King Institute of Preventive Medicine Micro-Biological Section reports 1909-11
Year: 1909
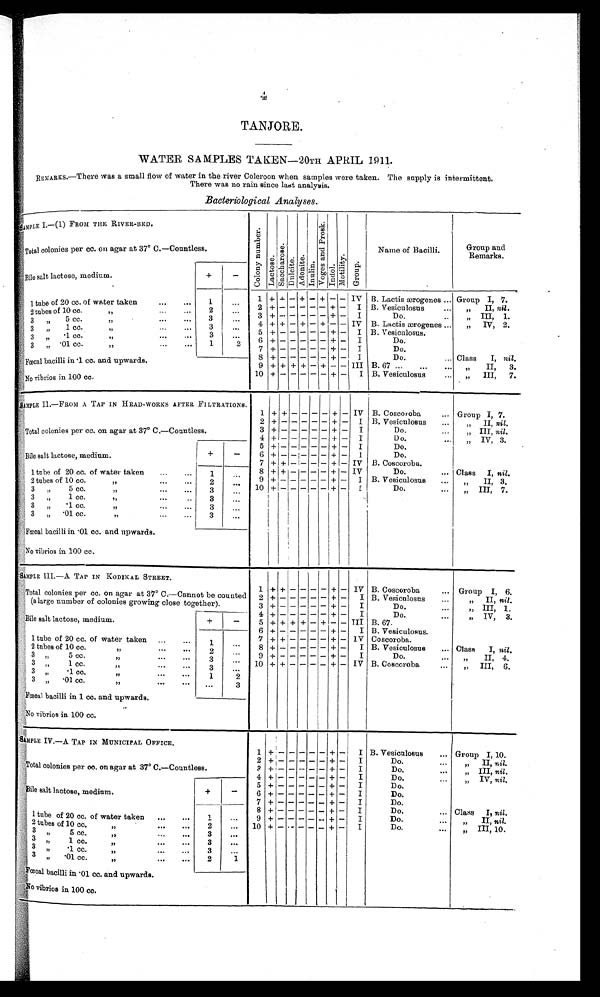
4
TANJORE.
WATER SAMPLES TAKEN—20TH APRIL 1911.
REMARKS.—There was a small flow of water in the river Coleroon when samples were taken. The supply is intermittent.
There was no rain since last analysis.
Bacteriological Analyses.
SAMPLE I.—(1) FROM THE RIVER-BED.
C o l o n y n u m b e r .
Lact ose.
s a c c h a r o s e .
D u l c i t e . Adoni t e. I n u l i n .
V o g e s a n d P r o s k .
I n d o l . Mo t i l i t y . G r o u p .
Name of Bacilli.
Group and
Remarks.
Total colonies per cc. on agar at 37° C.—Countless.
Bile salt lactose, medium.
+
-
1 tube of 20 cc. of water taken ... ...
1
. . . 1 + + - + - + - -
I V B. Lactis ærogenes ... Group I, 7.
2 + -
- - - - + - I B. Vesiculosus
....
„ II, nil.
2 tubes of 10 cc.
...
...
2
. . . 3 + -
- - - - + - I
Do.
„ I I I ,
1 .
3 „
5 cc.
„
3
. . . 4 + + - + - + - - IV B. Lactis ærogenes ... „ IV, 2.
3 „
1 c c .
„ . . .
. . .
3
...
5
+ -
- - - - + -
I B. Vesiculosus.
3 „
.1 cc.
...
...
3
. . .
6 + -
- - - - + - I
Do.
3 „ .01 cc.
„
...
...
1 2
7
+ -
- - - - + - I
Do.
8 + -
- - - - + - I
Do.
... Class I, nil.
Fœcal bacilli in .1 cc. and upwards.
9 + + + + - + - - III B. 67 ...
...
... „
II, 3.
No vibrios in 100 cc.
10 + -
- - - - + -
I B. Vesiculosus
... „ III, 7.
SAMPLE II.—FROM A TAP IN HEAD-WORKS AFTER FILTRATIONS.
1 + + - - -
-
+ - IV B. Coscoroba
... Group I, 7.
2 + -
- - - - + - I B. Vesiculosus
...
„ II, n i l .
Total colonies per cc. on agar at 37° C.—Countless.
3 + -
- - - - + - I
Do.
...
„ III, n i l .
4 + -
- - - - + - I
Do.
...
„ IV, 3.
5 + -
- - - - + - I
Do.
Bile salt lactose, medium.
+
-
6 + -
- - - - + - I
Do.
7 + + - - - - + - IV B. Coscoroba.
1 tube of 20 cc. of water taken
...
...
1
...
8 + + - - - - + - IV
Do.
... Class I, nil.
9 + -
- - - - + - I B. Vesiculosus
...,
„
II, 3.
2 tubes of 10 cc.
„
2
...
10 + -
- - - - + - I
Do.
...
„ III, 7.
3
„ 5 cc. „... ...
3
...
3 „
1 cc.
„
...
..
3
...
3 „
. 1
c c .
„ . . .
...
3
...
3 „
. 0 1 c c .
„ . . .
...
3
...
Fœcal bacilli in .01 cc. and upwards.
No vibrios in 100 cc.
SAMPLE III.—A TAP IN KODIKAL STREET.
1 + + - - - - + - IV B. Coscoroba
... Group I, 6.
Total colonies per cc. on agar at 37° C.—Cannot be counted
(a large number of colonies growing close together).
2 + -
- - - - + - I B. Vesiculosus
...
„ II, ni l .
3 + -
- - - - + - I
Do.
...
„ III, 1 .
Bile salt lactose, medium.
+
-
4 + -
- - - - + - I
Do.
...
„ IV, 3.
5 + + + + + + - - III B. 67.
1 tube of 20 cc. of water taken ...
...
1
. . . 6 + -
- - - - + - I B. Vesiculosus.
7 + + - - - - + - IV Coscoroba.
2 tubes of 10 cc.
„
2
. . .
8 + -
- - - - + - I B. Vesiculosus
... Class I, nil.
3„
5 c c .
3
. . . 9 + -
- - - - + - I
Do.
...
II, 4.
3 „
1 cc. „
3
. . .
10 + + - - - - + - IV B. Coscoroba
...
„ III, 6 .
3
„ .1 cc. „
1
2
3 „ .01 cc.
„
...
... ...
3
Fœcal bacilli in 1 cc. and upwards.
No vibrios in 100 cc.
SAMPLE IV.—A TAP IN MUNICIPAL OFFICE.
1
+ -
-
- - -
+ - I B. Vesiculosus
... Group I, 10.
Total colonies per cc. on agar at 37° C.—Countless.
2 + - -
- - - + - I
Do.
...
II, nil.
3 + - -
- - - + - I
Do.
...
III, nil.
4 + - -
- - - + - I
Do.
...
„ IV, nil.
Bile salt lactose, medium.
+
-
5 + - -
- - - + - I
Do.
6 + - -
- - - + - I
Do.
7 + - -
- - - + - I
Do.
1 tube of 20 cc. of water taken
...
...
1
. . . 8 + - -
- - - + - I
Do.
...
Class I, nil.
9 + - -
- - - + - I
Do.
...
„ II, nil.
2 tubes of 10 cc.
...
... „
2
...
10 + - -
- - - + - I
Do.
...
III, 10.
3 „
5 cc. „ . . .
...
3
. . .
3 „ 1 cc. „ ... ...
3
...
3 „ .1
cc. „ . . .
3
. . .
3 „
. 0 1 c c „
2 1
Fœcal bacilli in .01 cc. and upwards.
No vibrios in 100 cc.